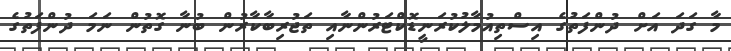
މާ ގަދަ އަށް ދުންފަތުގެ އިސްތިއުމާލުކުރަނީޑޮކްޓަރުންނާއި ތަޖުރިބާކާރުން ބުނާ ގޮތުން ނަމަ ދުންފަތުގެ